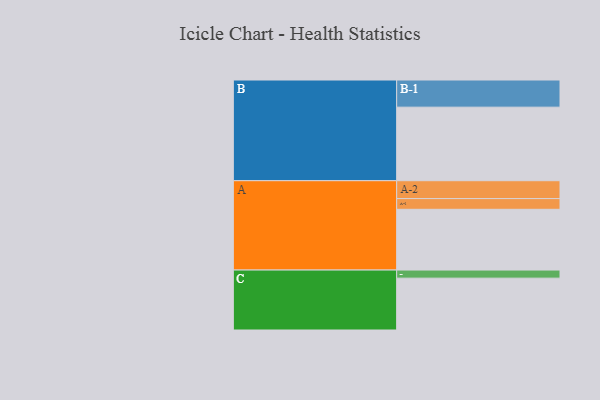
{"axis": {"x": "Segment", "y": "Value"}, "legend": ["", "A", "B", "C"], "data": [{"x": "A", "y": 465, "type": ""}, {"x": "B", "y": 563, "type": ""}, {"x": "C", "y": 397, "type": ""}, {"x": "A-1", "y": 82, "type": "A"}, {"x": "A-2", "y": 137, "type": "A"}, {"x": "B-1", "y": 208, "type": "B"}, {"x": "C-1", "y": 62, "type": "C"}]}